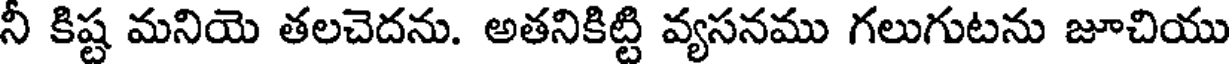
నీ కిష్ట మనియె తలచెదను. అతనికిట్టి వ్యసనము గలుగుటను జూచియు